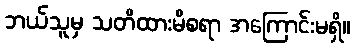
ဘယ်သူမှ သတိထားမိစရာ အကြောင်းမရှိ။